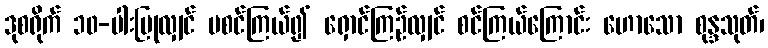
ဒုစရိုက် ၁၀-ပါးပြုလျှင် မစင်ကြယ်၍ ရှောင်ကြဉ်လျှင် စင်ကြယ်ကြောင်း ဟောသော စုန္ဒသုတ်၊